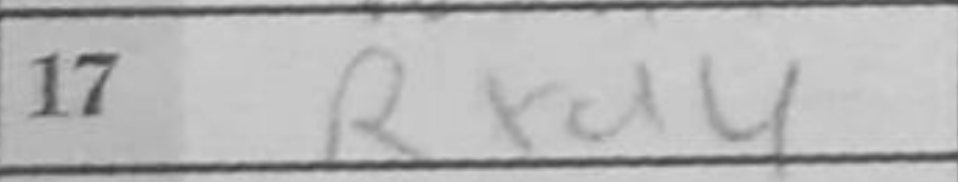
Transcription: Rxd4